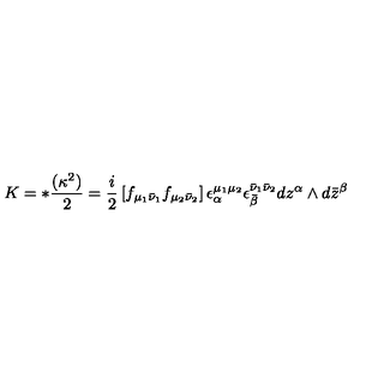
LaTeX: K = * { \frac { ( \kappa ^ { 2 } ) } { 2 } } = { \frac { i } { 2 } } \left[ f _ { \mu _ { 1 } \bar { \nu } _ { 1 } } f _ { \mu _ { 2 } \bar { \nu } _ { 2 } } \right] \epsilon _ { \alpha } ^ { \mu _ { 1 } \mu _ { 2 } } \epsilon _ { \bar { \beta } } ^ { \bar { \nu } _ { 1 } \bar { \nu } _ { 2 } } d z ^ { \alpha } \wedge d \bar { z } ^ { \beta }